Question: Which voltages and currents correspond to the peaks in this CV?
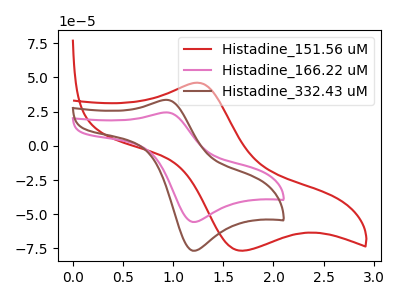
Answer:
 <answer>The red curve "Histadine_151.56 uM" has an anodic peak at (1.25V, 46.00uA) and a cathodic peak at (1.70V, -76.65uA). The pink curve "Histadine_166.22 uM" has an anodic peak at (0.95V, 24.35uA) and a cathodic peak at (1.20V, -55.65uA). The brown curve "Histadine_332.43 uM" has an anodic peak at (0.95V, 33.50uA) and a cathodic peak at (1.20V, -76.60uA).</answer>
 <eval></eval>